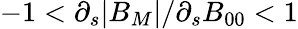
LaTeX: -1<\partial_{s}|B_{M}|/\partial_{s}B_{00}<1